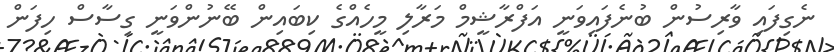
ނެގިފައި ވާރިސުން ބުނެފައިވަނީ އަފްރާޝީމް މަރާލި މީހެއްގެ ކިބައިން ބޭނުންވަނީ ގިސާސް ހިފަން